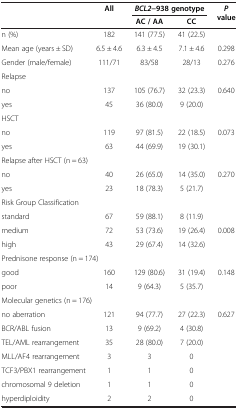
| <ROWSPAN=2>  | <ROWSPAN=2> All | <COLSPAN=2> BCL2−938 genotype | <ROWSPAN=2> P value |
 | AC / AA | CC |
 | --- | --- | --- | --- | --- |
 | n (%) | 182 | 141 (77.5) | 41 (22.5) |  |
 | Mean age (years ± SD) | 6.5 ± 4.6 | 6.3 ± 4.5 | 7.1 ± 4.6 | 0.298 |
 | Gender (male/female) | 111/71 | 83/58 | 28/13 | 0.276 |
 | <COLSPAN=5> Relapse |
 | no | 137 | 105 (76.7) | 32 (23.3) | <ROWSPAN=2> 0.640 |
 | yes | 45 | 36 (80.0) | 9 (20.0) |
 | HSCT |  |  |  |  |
 | no | 119 | 97 (81.5) | 22 (18.5) | <ROWSPAN=2> 0.073 |
 | yes | 63 | 44 (69.9) | 19 (30.1) |
 | <COLSPAN=5> Relapse after HSCT (n = 63) |
 | no | 40 | 26 (65.0) | 14 (35.0) | <ROWSPAN=2> 0.270 |
 | yes | 23 | 18 (78.3) | 5 (21.7) |
 | <COLSPAN=5> Risk Group Classification |
 | standard | 67 | 59 (88.1) | 8 (11.9) |  |
 | medium | 72 | 53 (73.6) | 19 (26.4) | 0.008 |
 | high | 43 | 29 (67.4) | 14 (32.6) |  |
 | <COLSPAN=5> Prednisone response (n = 174) |
 | good | 160 | 129 (80.6) | 31 (19.4) | <ROWSPAN=2> 0.148 |
 | poor | 14 | 9 (64.3) | 5 (35.7) |
 | <COLSPAN=5> Molecular genetics (n = 176) |
 | no aberration | 121 | 94 (77.7) | 27 (22.3) | <ROWSPAN=6> 0.627 |
 | BCR/ABL fusion | 13 | 9 (69.2) | 4 (30.8) |
 | TEL/AML rearrangement | 35 | 28 (80.0) | 7 (20.0) |
 | MLL/AF4 rearrangement | 3 | 3 | 0 |
 | TCF3/PBX1 rearrangement | 1 | 1 | 0 |
 | chromosomal 9 deletion | 1 | 1 | 0 |
 | hyperdiploidity | 2 | 2 | 0 |  |